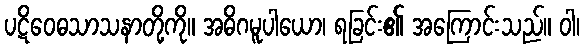
ပဋိဝေဓသာသနာတို့ကို။ အဓိဂမူပါယော၊ ရခြင်း၏ အကြောင်းသည်။ ဝါ၊